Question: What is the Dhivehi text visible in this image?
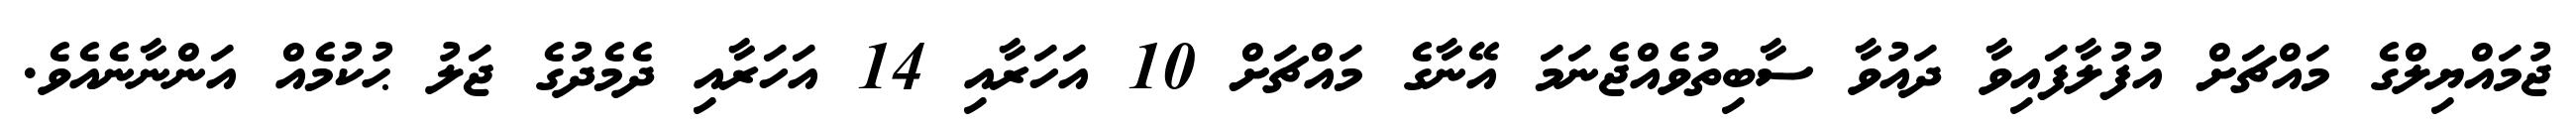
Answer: ޖުމައްޔިލްގެ މައްޗަށް އުފުލާފައިވާ ދައުވާ ސާބިތުވެއްޖެނަމަ އޭނާގެ މައްޗަށް 10 އަހަރާއި 14 އަހަރާއި ދެމެދުގެ ޖަލު ޙުކުމެއް އަންނާނެއެވެ.